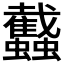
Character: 𧕾